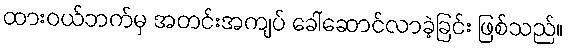
ထားဝယ်ဘက်မှ အတင်းအကျပ် ခေါ်ဆောင်လာခဲ့ခြင်း ဖြစ်သည်။